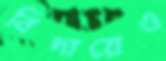
বিদায়েও